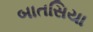
બાતસિયા